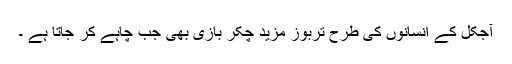
آجکل کے انسانوں کی طرح تربوز مزید چکر بازی بھی جب چاہے کر جاتا ہے ۔